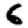
Digit: 6